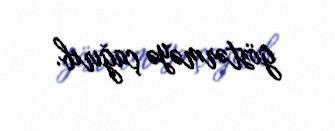
göstərməyə çağırıb.